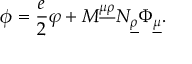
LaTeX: \phi = \frac { e } { 2 } \varphi + M ^ { \underline { { { \mu } } } \underline { { { \rho } } } } N _ { \underline { { { \rho } } } } \Phi _ { \underline { { { \mu } } } } .